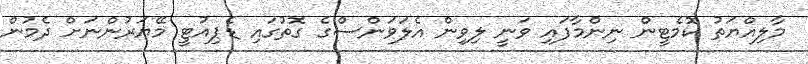
މާލިއްޔަތު ކޮމެޓީން ނިންމާފައި ވަނީ ލިވިން އެލަވަންސްގެ ގޮތުގައި ޑެޕިއުޓީ މޭޔަރުންނަށް ދެމުން